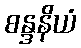
စန္ဒနိယံ